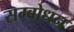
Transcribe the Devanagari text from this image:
सम्‍बोधन